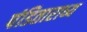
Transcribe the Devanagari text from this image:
पंडिताराध्य